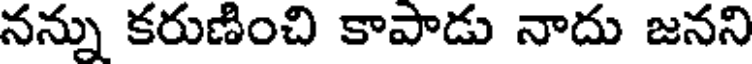
నన్ను కరుణించి కాపాడు నాదు జనని